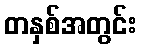
တနှစ်အတွင်း